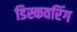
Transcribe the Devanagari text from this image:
डिस्कवरिंग